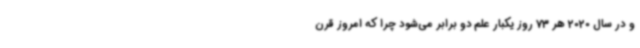
و در سال 2020 هر 73 روز یکبار علم دو برابر می‌شود چرا که امروز قرن